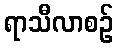
ရာသီလာစဉ်